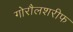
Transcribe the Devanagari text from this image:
गोरौलशरीफ